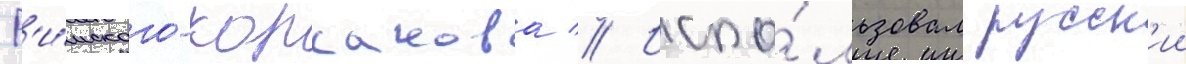
Р'и́мского-корсакова // Испо́льзовал русск'ии